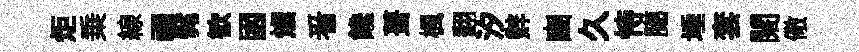
炬乗線禪髴歓囦燦㸔饞葺楓翻汐辤豳久恃臈埵套闊儆